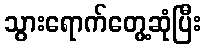
သွားရောက်တွေ့ဆုံပြီး